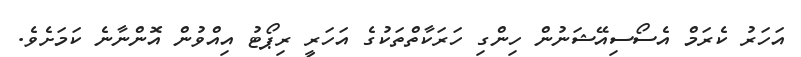
އަހަރު ކެރަމް އެސޯސިއޭޝަނުން ހިންގި ހަރަކާތްތަކުގެ އަހަރީ ރިޕޯޓު އިއްވުން އޮންނާނެ ކަމަށެވެ.